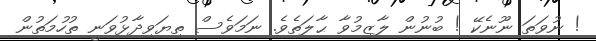
! ނުވަތަ ނޫނެކޭ ! ބުނުން ލާޒިމުވާ ޙާލަތެވެ. ނަމަވެސް ތިޔަވިދާޅުވަނީ ތުހުމަތުން